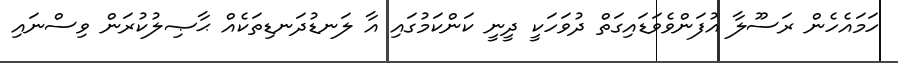
ހަމައެހެން ރަސޫލާ އުފަންވެވަޑައިގަތް ދުވަހަކީ ދީނީ ކަންކަމުގައި އާ ލަނޑުދަނޑިތަކެއް ޙާޞިލުކުރަން ވިސްނައި